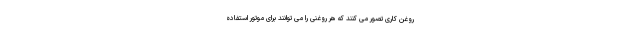
روغن کاری تصور می کنند که هر روغنی را می توانند برای موتور استفاده